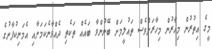
މީގެ އިތުރުން މިހާރުން މިހާރަށްވެސް ތައުލީމަށް ބޭނުންވާ ބައެއް ތަކެތި ދެއްވާނެކަމަށާއި އެމަނިކުފާނުގެ